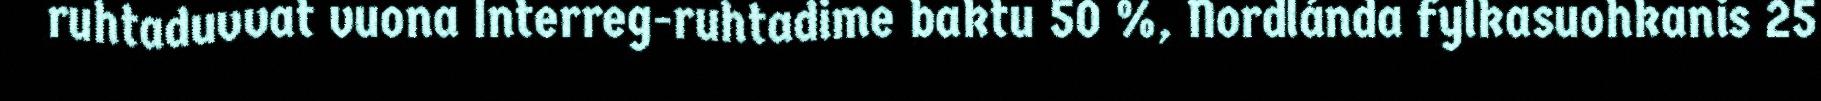
ruhtaduvvat vuona Interreg-ruhtadime baktu 50 %, Nordlánda fylkasuohkanis 25